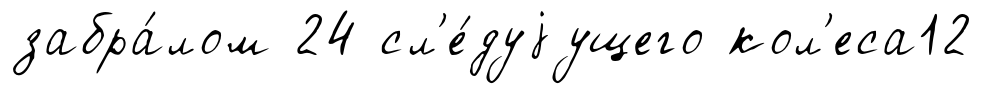
забра́лом 24 сл'е́дуjущего кол'еса12